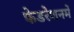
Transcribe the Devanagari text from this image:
फेडरेशनमें